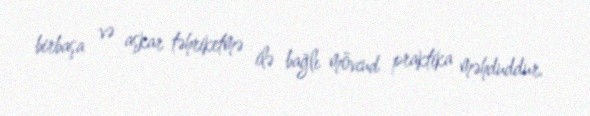
birbaşa və aşkar təhriketmə ilə bağlı mövcud praktika məhduddur.